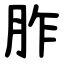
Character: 胙